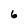
Character: 6